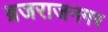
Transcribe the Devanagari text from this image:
ब्रजराजनगर